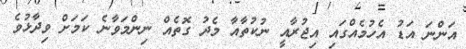
އަންނަ އަޑު އެހުމެއްގައި އިޖުރާއީ ނުކުތާއާ މެދު ގޮތެއް ނިންމަވާނެ ކަމަށް ވިދާޅުވެ